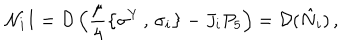
LaTeX: { \cal N } _ { i } I = { \cal D } \left( \frac { \mu } { 4 } \left\{ \sigma ^ { Y } \, , \, \sigma _ { i } \right\} - J _ { i } P _ { 5 } \right) = { \cal D } ( \hat { N } _ { i } ) \, ,